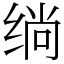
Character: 绱